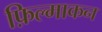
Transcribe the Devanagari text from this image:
फ़िल्माकन